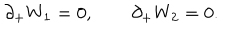
\partial _ { + } W _ { 1 } = 0 , \qquad \partial _ { + } W _ { 2 } = 0 .